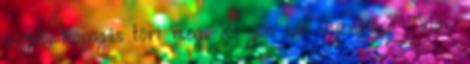
zaját, kopogás töri meg. Ki jön ide ilyenkor? Talán